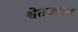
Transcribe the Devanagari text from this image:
श्वेतकमल